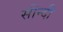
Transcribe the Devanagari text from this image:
सीन्दी